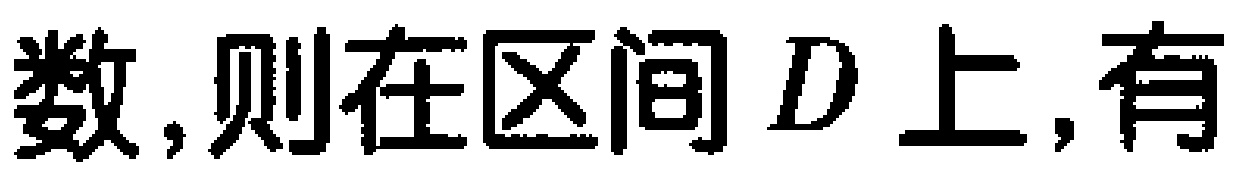
数,则在区间 \(D\) 上,有